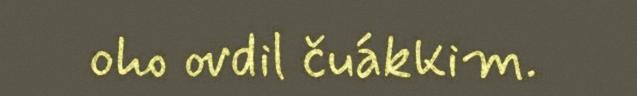
oho ovdil čuákkim.